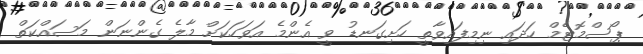
ޕޯސްމޮޓެމް ހަދައި ނިމިފައިވާތީ ހަށިގަނޑު ވީ އެންމެ އަވަހަކަށް މާލެ ގެންނަން މަސައްކަތް